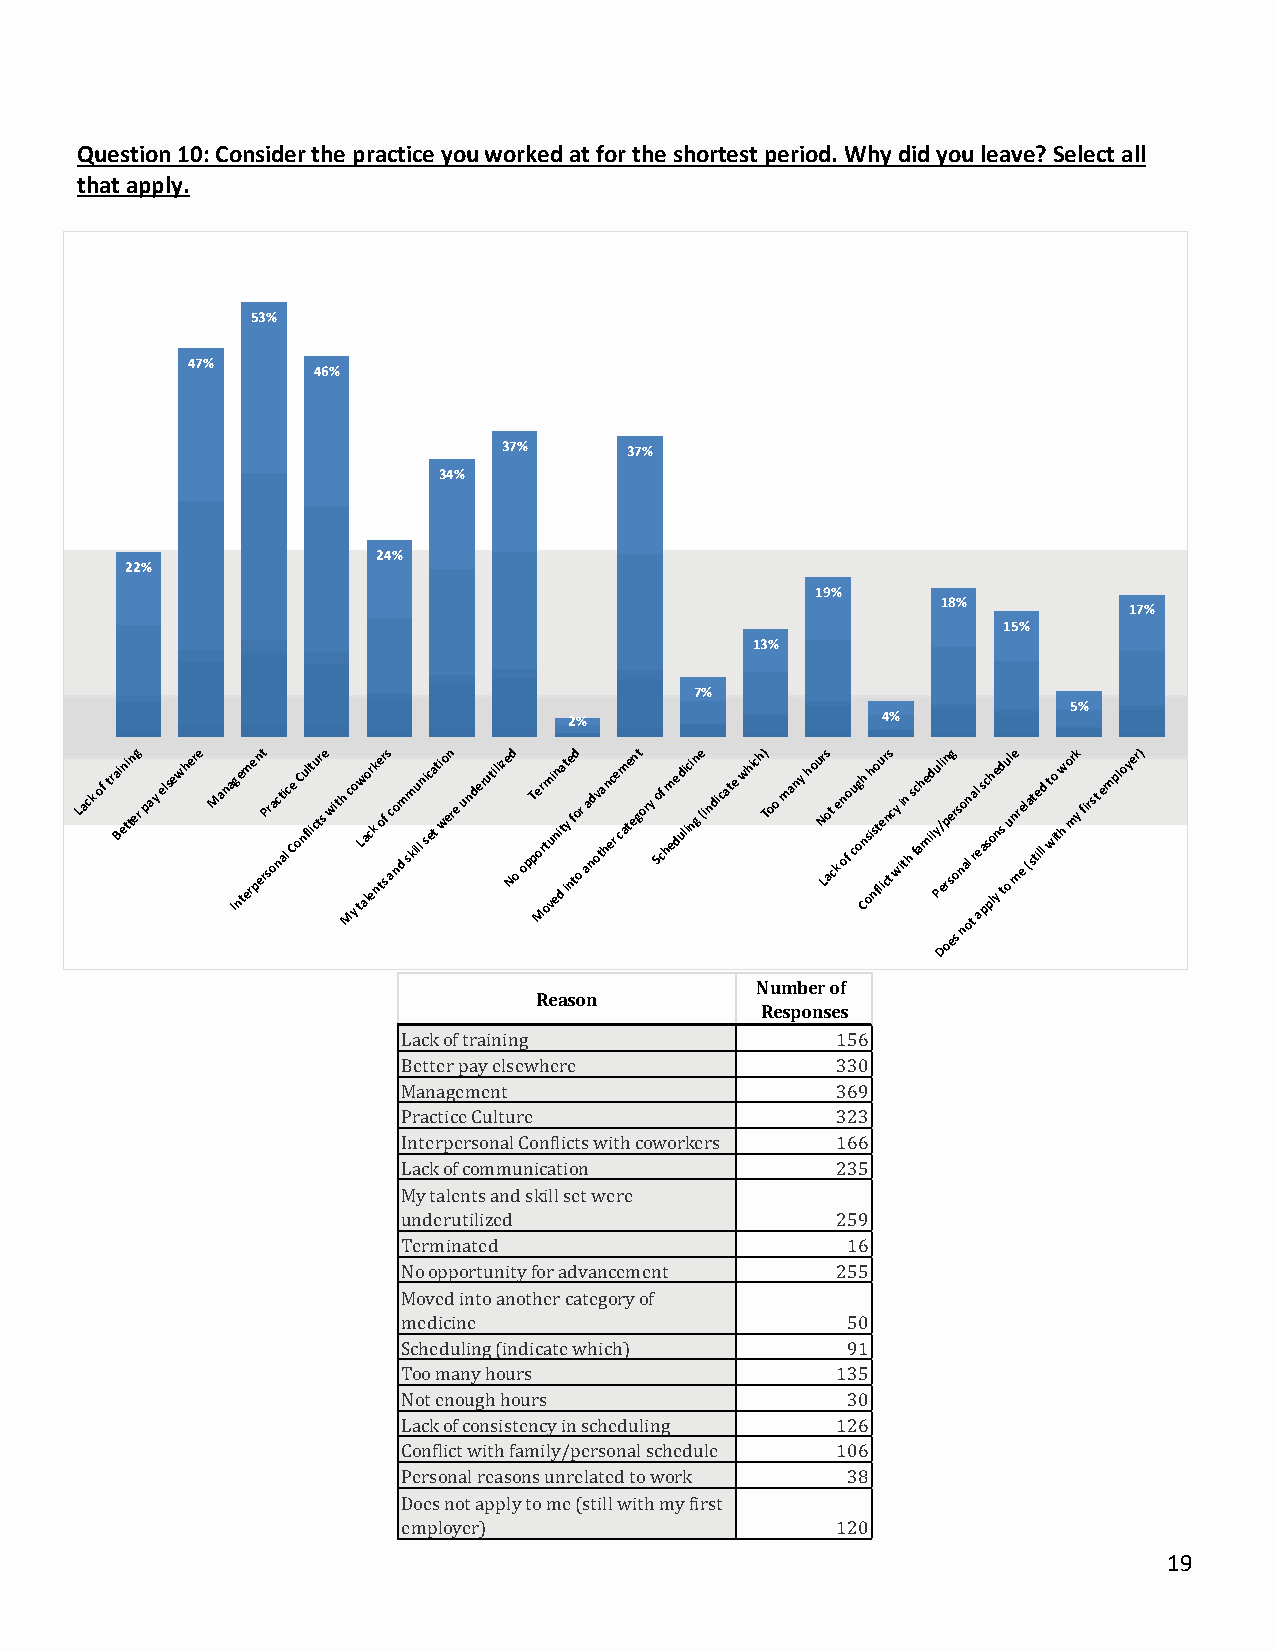
Question 10: Consider the practice you worked at for the shortest period. Why did you leave? Select all
 that apply.
 53%
 47%
 46%
 37%      37%
 34%
 24%
 22%
 19%
 18%
 17%
 15%
 13%
 7%
 5%
 2%                  4%
 Lack of tra Bi en ti tn eg r pay elsewhere Mana Ig ne tem re pn et rP sr oac nt ai lc Ce oC nu fl lt icu tr se with Mc yo tLw aa lo cr ekk ne tor sf s aco nd m sm kilu l n sic eta ti wo en re underutilize Nd o opT pe o Mr rt om vui enn i da t it y ne f td o or aa nd ov ta hn ec r e cam te en gt ory So cf hm ede ud li ici ngn e (indicate which) Too many hour N Ls o at c ke n ofo cu og Ch n s oih nso ft liu er cn ts cy w ii tn h s fc ahe mid lu y Pl / Di erp on sg e er so s n no al on tra l e as a pc s ph lo ye n sd
 t
 u oul ne mr ee l (a st tie lld t wio thw or mk y first employer)
 Number of
 Reason
 Responses
 Lack of training            156
 Better pay elsewhere        330
 Management                  369
 Practice Culture            323
 Interpersonal Conflicts with coworkers 166
 Lack of communication       235
 My talents and skill set were
 underutilized               259
 Terminated                   16
 No opportunity for advancement 255
 Moved into another category of
 medicine                     50
 Scheduling (indicate which)  91
 Too many hours              135
 Not enough hours             30
 Lack of consistency in scheduling 126
 Conflict with family/personal schedule 106
 Personal reasons unrelated to work 38
 Does not apply to me (still with my first
 employer)                   120
 19